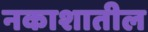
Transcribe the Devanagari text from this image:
नकाशातील